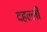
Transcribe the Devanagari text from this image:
दहल्ली